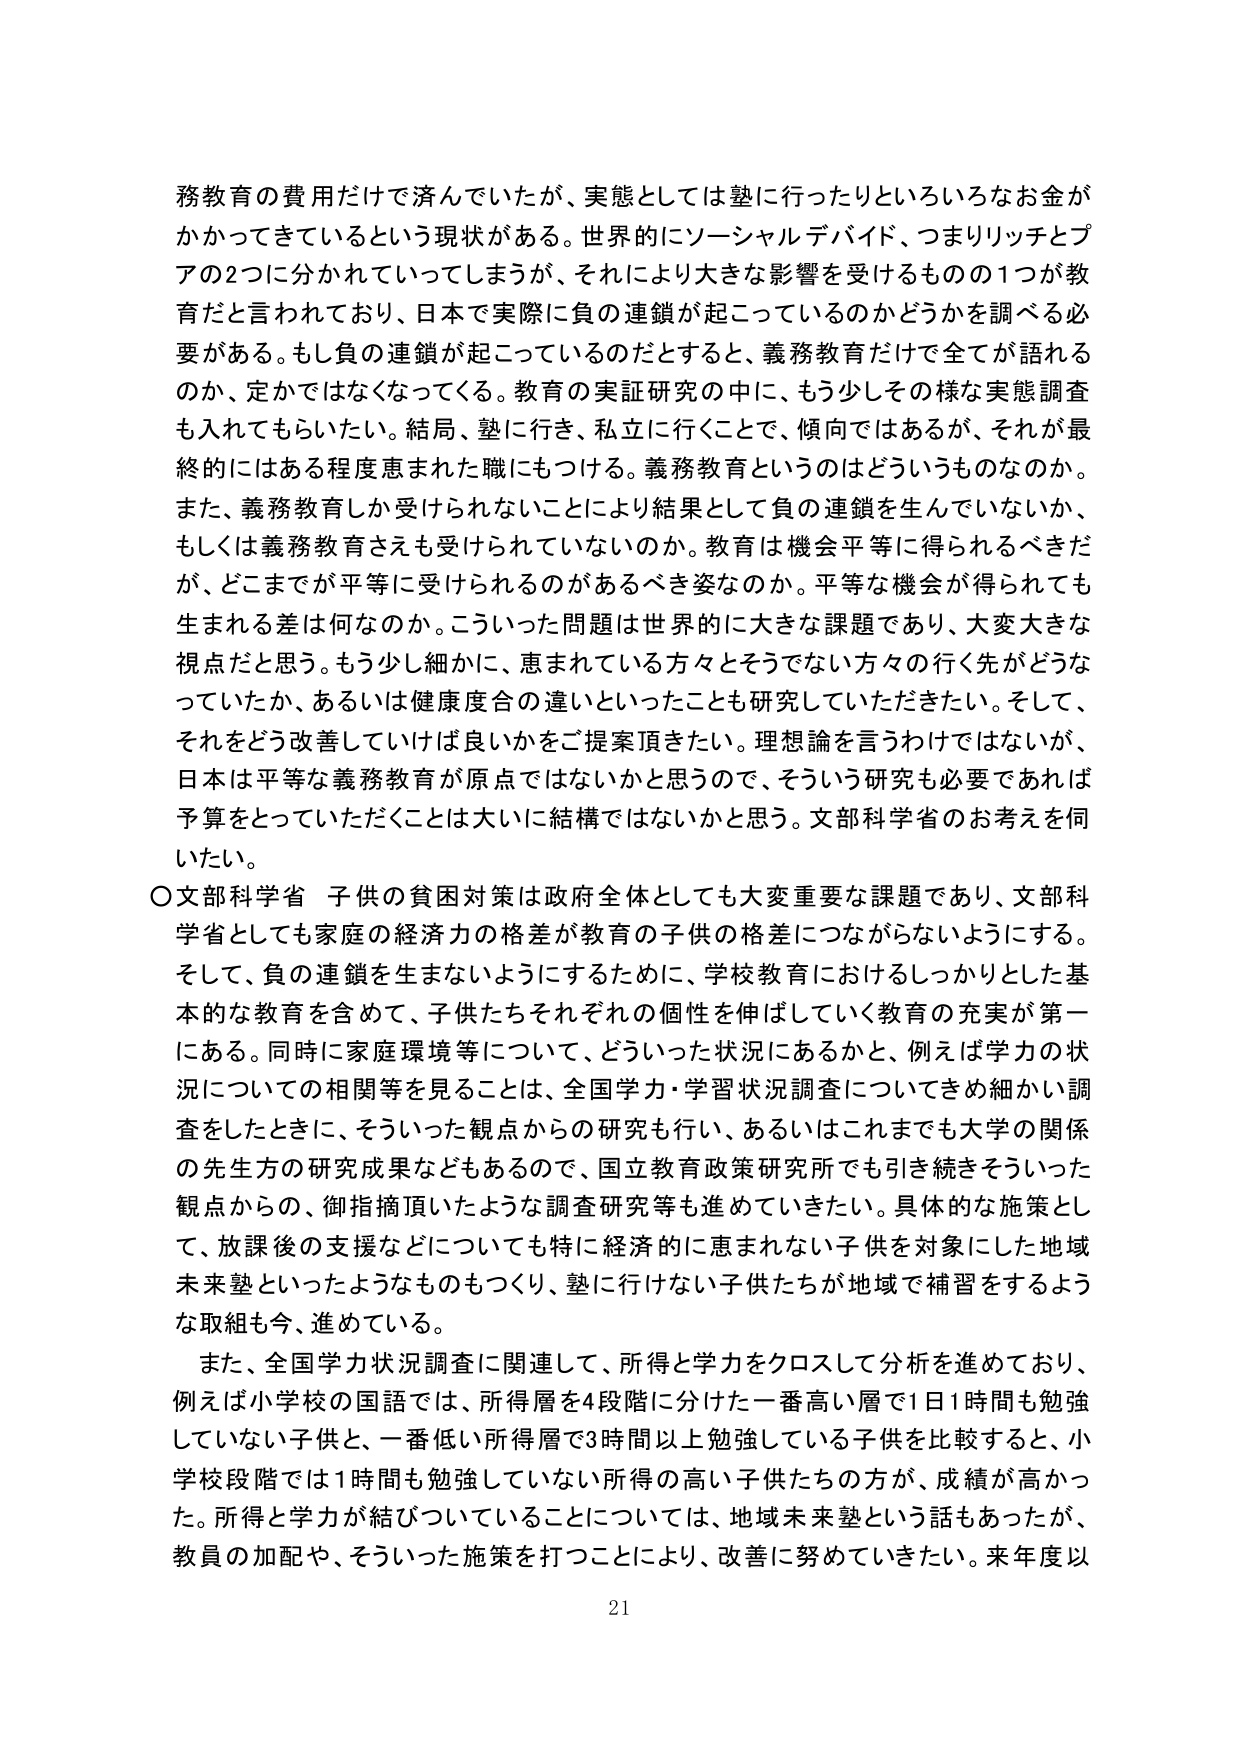
務教育の費用だけで済んでいたが、実態としては塾に行ったりといろいろなお金がかかってきているという現状がある。世界的にソーシャルデバイド、つまりリッチとプアの2つに分かれていってしまうが、それにより大きな影響を受けるものの1つが教育だと言われており、日本で実際に負の連鎖が起こっているのかどうかを調べる必要がある。もし負の連鎖が起こっているのだとすると、義務教育だけで全てが語れるのか、定かではなくなってくる。教育の実証研究の中に、もう少しその様な実態調査も入れてもらいたい。結局、塾に行き、私立に行くことで、傾向ではあるが、それが最終的にはある程度恵まれた職にもつける。義務教育というのはどういうものなのか。また、義務教育しか受けられないことにより結果として負の連鎖を生んでいないか、もしくは義務教育さえも受けられていないのか。教育は機会平等に得られるべきだが、どこまでが平等に受けられるのがあるべき姿なのか。平等な機会が得られても生まれる差は何なのか。こういった問題は世界的に大きな課題であり、大変大きな視点だと思う。もう少し細かに、恵まれている方々とそうでない方々の行く先がどうなっていたか、あるいは健康度合の違いといったことも研究していただきたい。そして、それをどう改善していけば良いかをご提案頂きたい。理想論を言うわけではないが、日本は平等な義務教育が原点ではないかと思うので、そういう研究も必要であれば予算をとっていただくことは大いに結構ではないかと思う。文部科学省のお考えを伺いたい。

〇文部科学省 子供の貧困対策は政府全体としても大変重要な課題であり、文部科学省としても家庭の経済力の格差が教育の子供の格差につながらないようにする。そして、負の連鎖を生まないようにするために、学校教育におけるしっかりとした基本的な教育を含めて、子供たちそれぞれの個性を伸ばしていく教育の充実が第一にある。同時に家庭環境等について、どういった状況にあるかと、例えば学力の状況についての相関等を見ることは、全国学力・学習状況調査についてきめ細かい調査をしたときに、そういった観点からの研究も行い、あるいはこれまでも大学の関係の先生方の研究成果などもあるので、国立教育政策研究所でも引き続きそういった観点からの、御指摘頂いたような調査研究等も進めていきたい。具体的な施策として、放課後の支援などについても特に経済的に恵まれない子供を対象にした地域未来塾といったようなものもつくり、塾に行けない子供たちが地域で補習をするような取組も今、進めている。

また、全国学力状況調査に関連して、所得と学力をクロスして分析を進めており、例えば小学校の国語では、所得層を4段階に分けた一番高い層で1日1時間も勉強していない子供と、一番低い所得層で3時間以上勉強している子供を比較すると、小学校段階では1時間も勉強していない所得の高い子供たちの方が、成績が高かった。所得と学力が結びついていることについては、地域未来塾という話もあったが、教員の加配や、そういった施策を打つことにより、改善に努めていきたい。来年度以

21